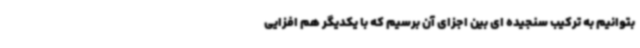
بتوانیم به ترکیب سنجیده ای بین اجزای آن برسیم که با یکدیگر هم افزایی